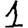
Digit: 1